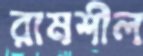
রামশীল